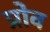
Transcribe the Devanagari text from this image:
प्रोव